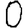
Digit: 0